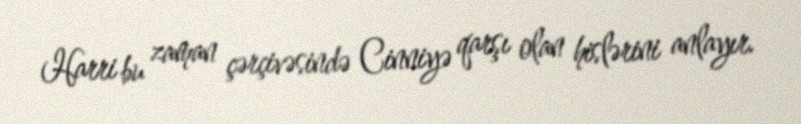
Harri bu zaman çərçivəsində Cinniyə qarşı olan hislərini anlayır.